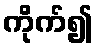
ကိုက်၍